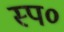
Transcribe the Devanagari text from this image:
स्प०